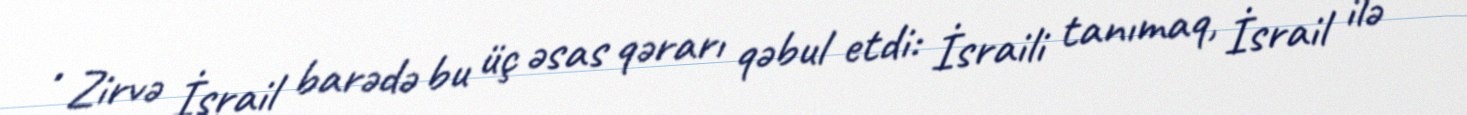
• Zirvə İsrail barədə bu üç əsas qərarı qəbul etdi: İsraili tanımaq, İsrail ilə